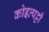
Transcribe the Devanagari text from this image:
कोइल्पट्टी